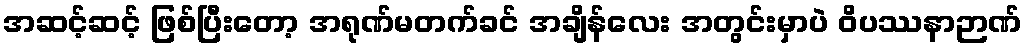
အဆင့်ဆင့် ဖြစ်ပြီးတော့ အရုဏ်မတက်ခင် အချိန်လေး အတွင်းမှာပဲ ဝိပဿနာဉာဏ်